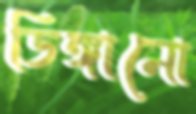
ডিঙ্গানো